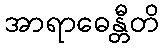
အာရာဓေန္တီတိ